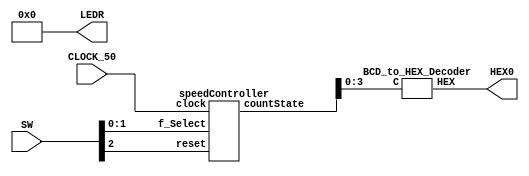
`timescale 1ns / 1ns // `timescale time_unit/time_precision

/* top-level entity for the speed controlled counter */
module lab5Part2 (input [2:0] SW, input CLOCK_50, output [9:0] LEDR, output [6:0] HEX0);

				assign LEDR[9:0] = 10'b0000000000; // all LEDs remain off
				wire [4:0] disp_Count;
						
				speedController S1 (.f_Select(SW[1:0]), .clock(CLOCK_50), 
												.reset(SW[2]), .countState(disp_Count));
				BCD_to_HEX_Decoder D1 (.C(disp_Count[3:0]), .HEX(HEX0));
						
endmodule // lab5Part2

/*  */
module speedController (input [1:0] f_Select, input clock, reset, 
								output [4:0] countState);

				wire [25:0] m_Cycles; // to connect max cycles.
				wire dwnClk_Enable; // downclocked, synchronous enable for counter
				
				speedSelect S1 (.sel(f_Select), .maxCycles(m_Cycles));
				rateDivider R1 (.maxCycles(m_Cycles), .clock(clock), .reset(reset), 
									.downClock(dwnClk_Enable));
				fourBit_Counter C1 (.clock(clock), .reset(reset), 
										.enable(dwnClk_Enable), .Q(countState));
				
endmodule // speedController

/**/
module speedSelect (input [1:0] sel, output reg [25:0] maxCycles);

				always @(*)
				begin
				
					case(sel)
						2'b00: maxCycles = 26'd1; // 50MHz
						2'b01: maxCycles = 26'd12;//500000; // 4Hz
						2'b10: maxCycles = 26'd25;//000000; // 2Hz
						2'b11: maxCycles = 26'd50;//000000; // 1Hz
						default: maxCycles = 26'd50000000; // dwef
					endcase
				
				end

endmodule // speedSelect

/* downclocks input 50 MHz clock for feeding into other modules */
module rateDivider(input [25:0] maxCycles, input clock, reset, output downClock);
				
				reg [25:0] cycleCount;
				
				always @(posedge clock) // triggered on edges of clock
				begin
				
					if (reset == 1'b0) // synchronous active -low
						cycleCount <= 26'd0;						
					else if (cycleCount == 26'd0) 
						cycleCount <= maxCycles; // reset counter to 50M
					else
						cycleCount <= cycleCount - 1'b1; // decrement state
						
				end
				
				assign downClock = (cycleCount == 26'd0) ? (1'b1):(1'b0);

endmodule // rateDivider

/* 4-bit counter to which accepts the downclocked enable */
module fourBit_Counter (input clock, reset, enable, output reg [4:0] Q);

				always @(posedge clock) // triggered on rising edge of clock
				begin
				
					if (reset == 1'd0) // synch reset active-low
						Q <= 5'd0;
					else if (Q == 5'd16) // max vvalll
						Q <= 5'd0;
					else if (enable == 1'd1) // increment on enable
						Q <= Q + 1;
					else
						Q <= Q;
						
				end

endmodule // fourBit_Counter

/* BCD to common-anode seven-segment display decoder */
module BCD_to_HEX_Decoder (input [3:0] C, output [6:0] HEX);

				// maxterms for every segment LEDs with common anode
				assign HEX[0] = !((C[3]|C[2]|C[1]|!C[0]) & (C[3]|!C[2]|C[1]|C[0]) & 
								(!C[3]|C[2]|!C[1]|!C[0]) & (!C[3]|!C[2]|C[1]|!C[0]));
								
				assign HEX[1] = !((C[3]|!C[2]|C[1]|!C[0]) & (C[3]|!C[2]|!C[1]|C[0]) & 
								(!C[3]|C[2]|!C[1]|!C[0]) & (!C[3]|!C[2]|C[1]|C[0]) & 
								(!C[3]|!C[2]|!C[1]|C[0]) & (!C[3]|!C[2]|!C[1]|!C[0]));
								
				assign HEX[2] = !((C[3]|C[2]|!C[1]|C[0]) & (!C[3]|!C[2]|C[1]|C[0]) & 
								(!C[3]|!C[2]|!C[1]|C[0]) & (!C[3]|!C[2]|!C[1]|!C[0]));
								
				assign HEX[3] = !((C[3]|C[2]|C[1]|!C[0]) & (C[3]|!C[2]|C[1]|C[0]) & 
								(C[3]|!C[2]|!C[1]|!C[0]) & (!C[3]|C[2]|C[1]|!C[0]) & 
								(!C[3]|C[2]|!C[1]|C[0]) & (!C[3]|!C[2]|!C[1]|!C[0]));
								
				assign HEX[4] = !((C[3]|C[2]|C[1]|!C[0]) & (C[3]|C[2]|!C[1]|!C[0]) & 
								(C[3]|!C[2]|C[1]|C[0]) & (C[3]|!C[2]|C[1]|C[0]) &
								(C[3]|!C[2]|C[1]|!C[0]) & (C[3]|!C[2]|!C[1]|!C[0]) &
								(!C[3]|C[2]|C[1]|!C[0]));
								
				assign HEX[5] = !((C[3]|C[2]|C[1]|!C[0]) & (C[3]|C[2]|!C[1]|C[0]) & 
								(C[3]|C[2]|!C[1]|!C[0]) & (C[3]|!C[2]|!C[1]|!C[0]) & 
								(!C[3]|!C[2]|C[1]|!C[0]));
								
				assign HEX[6] = !((C[3]|C[2]|C[1]|C[0]) & (C[3]|C[2]|C[1]|!C[0]) & 
								(C[3]|!C[2]|!C[1]|!C[0]) & (!C[3]|!C[2]|C[1]|C[0]));

endmodule // BCD_to_HEX_Decoder